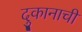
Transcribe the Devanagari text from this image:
दुकानाची